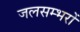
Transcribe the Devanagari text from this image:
जलसम्भरों